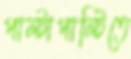
পাল্টাপাল্টিতে